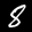
Label: 8